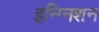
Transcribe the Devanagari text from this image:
इन्ग्निशन